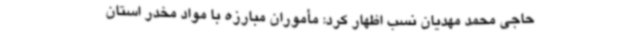
حاجی محمد مهدیان نسب اظهار کرد: مأموران مبارزه با مواد مخدر استان